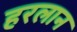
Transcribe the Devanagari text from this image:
हरलान